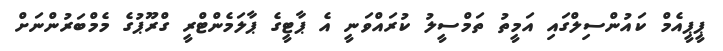
ޕީޕީއެމް ކައުންސިލްގައި އަމީތު ތަމްސީލު ކުރައްވަނީ އެ ޕާޓީގެ ޕާލަމެންޓްރީ ގްރޫޕުގެ މެމްބަރުންނަށް